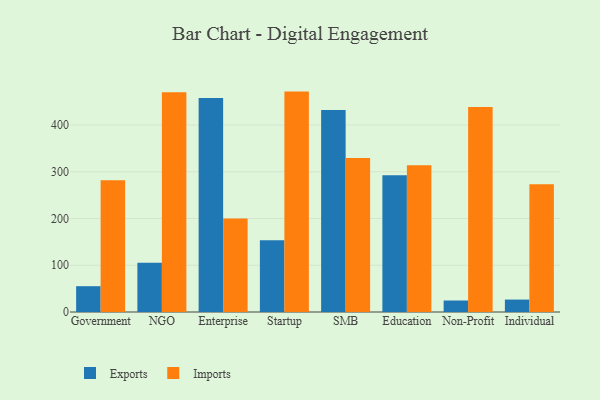
{"axis": {"x": "Segment", "y": "Demand Index"}, "legend": ["Exports", "Imports"], "data": [{"x": "Government", "y": 55.2, "type": "Exports"}, {"x": "Government", "y": 282.0, "type": "Imports"}, {"x": "NGO", "y": 105.3, "type": "Exports"}, {"x": "NGO", "y": 470.0, "type": "Imports"}, {"x": "Enterprise", "y": 457.7, "type": "Exports"}, {"x": "Enterprise", "y": 200.0, "type": "Imports"}, {"x": "Startup", "y": 153.4, "type": "Exports"}, {"x": "Startup", "y": 471.5, "type": "Imports"}, {"x": "SMB", "y": 432.4, "type": "Exports"}, {"x": "SMB", "y": 329.6, "type": "Imports"}, {"x": "Education", "y": 292.5, "type": "Exports"}, {"x": "Education", "y": 314.0, "type": "Imports"}, {"x": "Non-Profit", "y": 24.6, "type": "Exports"}, {"x": "Non-Profit", "y": 438.5, "type": "Imports"}, {"x": "Individual", "y": 26.6, "type": "Exports"}, {"x": "Individual", "y": 273.4, "type": "Imports"}]}